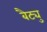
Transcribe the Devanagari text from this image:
बैट्यु